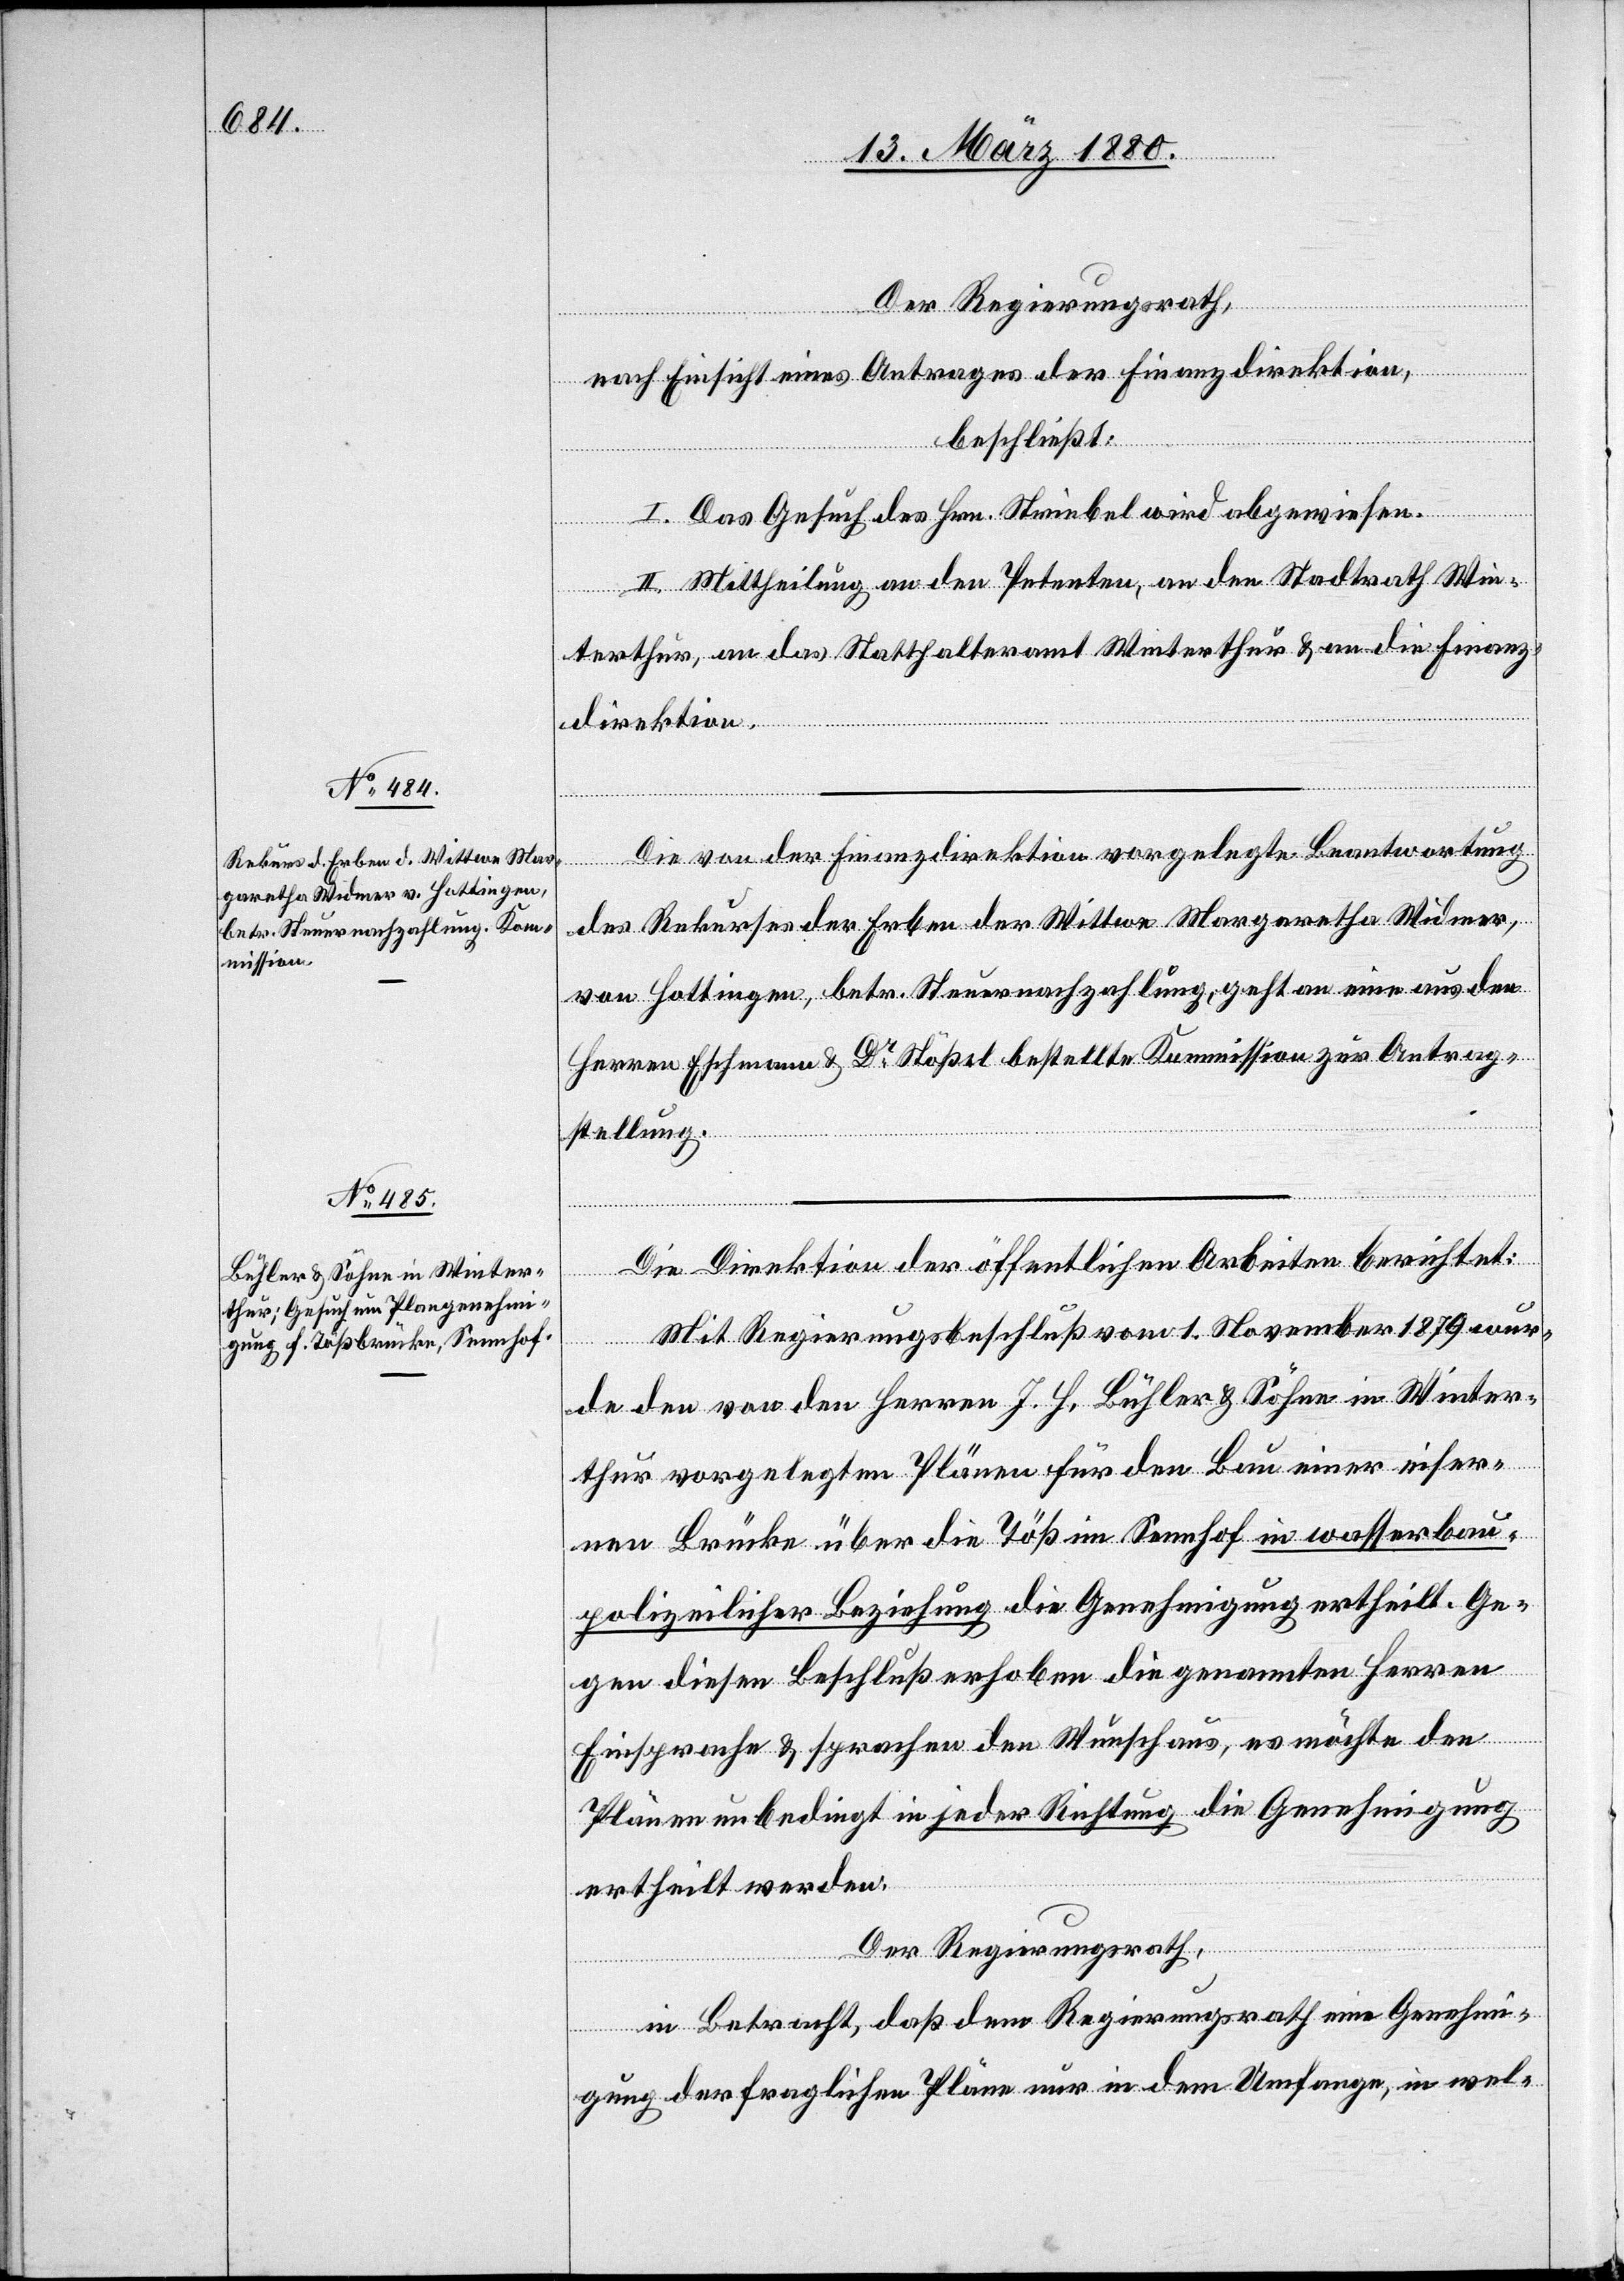
Der Regierungsrath,
nach Einsicht eines Antrages der Finanzdirektion,
beschließt:
I. Das Gesuch des Hrn. Striebel wird abgewiesen.
II. Mittheilung an den Petenten, an den Stadtrath Win¬
terthur, an das Statthalteramt Winterthur & an die Finanz¬
direktion.
Die von der Finanzdirektion vorgelegte Beantwortung
des Rekurses der Erben der Wittwe Margaretha Widmer,
von Hottingen, betr. Steuernachzahlung, geht an eine aus den
Herren Eschmann & Dr Stößel bestellte Kommission zur Antrag¬
stellung.
Die Direktion der öffentlichen Arbeiten berichtet:
Mit Regierungsbeschluß vom 1. November 1879 wur¬
de den von den Herren J. H. Bühler & Söhne in Winter¬
thur vorgelegten Plänen für den Bau einer eiser¬
nen Brücke über die Töß im Sennhof in wasserbau¬
polizeilicher Beziehung die Genehmigung ertheilt. Ge¬
gen diesen Beschluß erhoben die genannten Herren
Einsprache & sprachen den Wunsch aus, es möchte den
Plänen unbedingt in jeder Richtung die Genehmigung
ertheilt werden.
Der Regierungsrath,
in Betracht, daß dem Regierungsrath eine Genehmi¬
gung der fraglichen Pläne nur in dem Umfange, in wel-